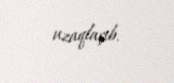
uzaqlaşıb.